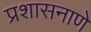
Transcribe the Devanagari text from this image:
प्रशासनाणे